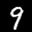
Label: 9